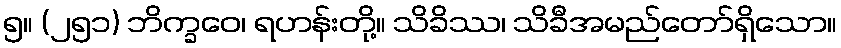
၅။ (၂၅၁) ဘိက္ခဝေ၊ ရဟန်းတို့။ သိခိဿ၊ သိခီအမည်တော်ရှိသော။